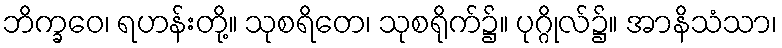
ဘိက္ခဝေ၊ ရဟန်းတို့။ သုစရိတေ၊ သုစရိုက်၌။ ပုဂ္ဂိုလ်၌။ အာနိသံသာ၊